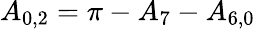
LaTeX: {A_{0,2}}=\pi-{A_{7}}-{A_{6,0}}